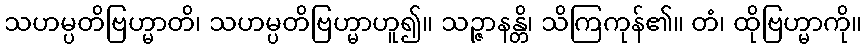
သဟမ္ပတိဗြဟ္မာတိ၊ သဟမ္ပတိဗြဟ္မာဟူ၍။ သဉ္ဇာနန္တိ၊ သိကြကုန်၏။ တံ၊ ထိုဗြဟ္မာကို။